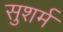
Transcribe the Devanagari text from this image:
सुशर्म